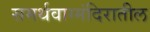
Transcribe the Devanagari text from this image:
समर्थवाग्मंदिरातील